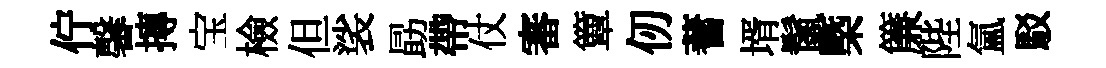
佇馨摶宝檢但裟勗帶仗審簟仞蓍壻鬛槩簾陛氳駁